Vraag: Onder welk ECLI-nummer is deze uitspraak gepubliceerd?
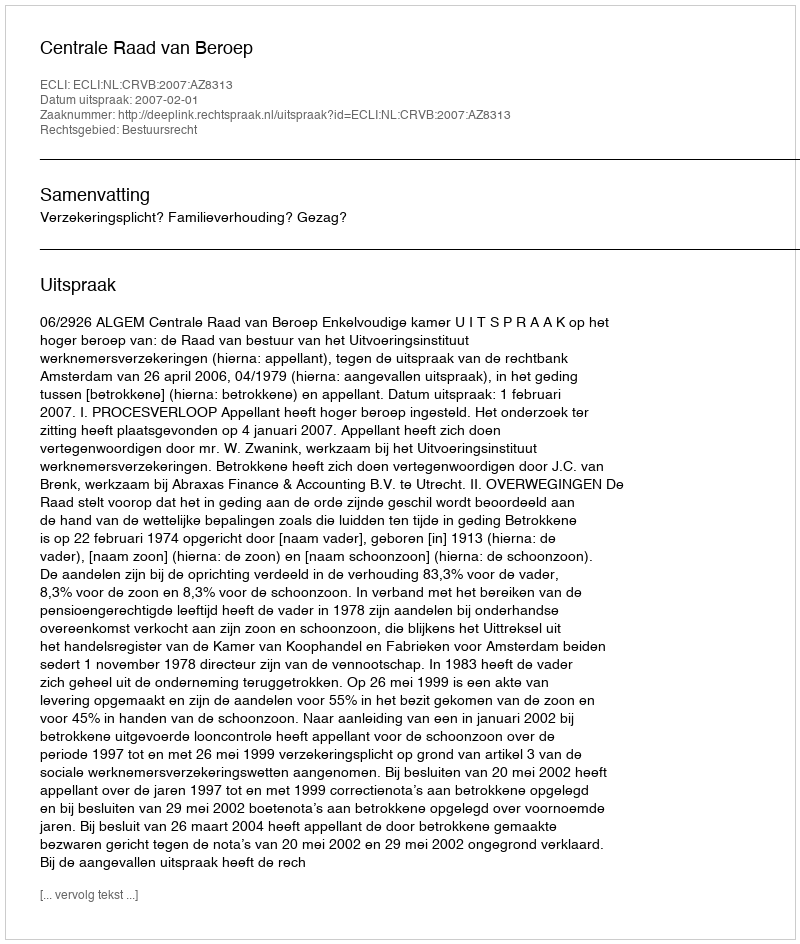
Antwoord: ECLI:NL:CRVB:2007:AZ8313